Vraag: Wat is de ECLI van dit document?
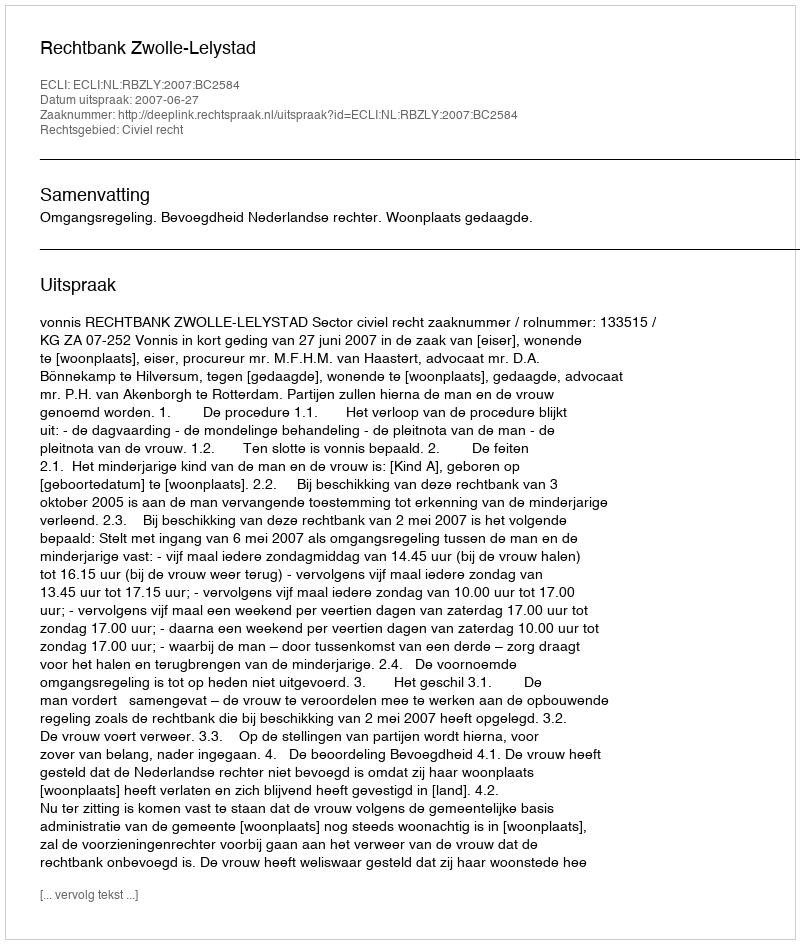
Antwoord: ECLI:NL:RBZLY:2007:BC2584